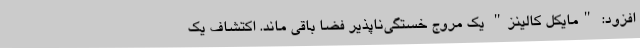
افزود: "مایکل کالینز" یک مروج خستگی‌ناپذیر فضا باقی ماند. اکتشاف یک